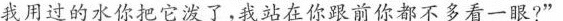
我用过的水你把它泼了，我站在你跟前你都不多看一眼?”